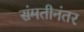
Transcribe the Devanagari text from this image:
संमतीनंतर